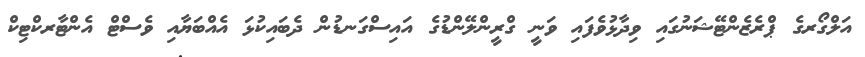
އަލްގޯރގެ ޕްރެޒެންޓޭޝަނުގައި ވިދާޅުވެފައި ވަނީ ގްރީންލޭންޑުގެ އައިސްގަނޑުން ދެބައިކުޅަ އެއްބަޔާއި ވެސްޓް އެންޓާރކްޓިކް